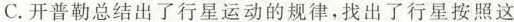
C.开普勒总结出了行星运动的规律，找出了行星按照这